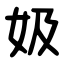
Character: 㚫